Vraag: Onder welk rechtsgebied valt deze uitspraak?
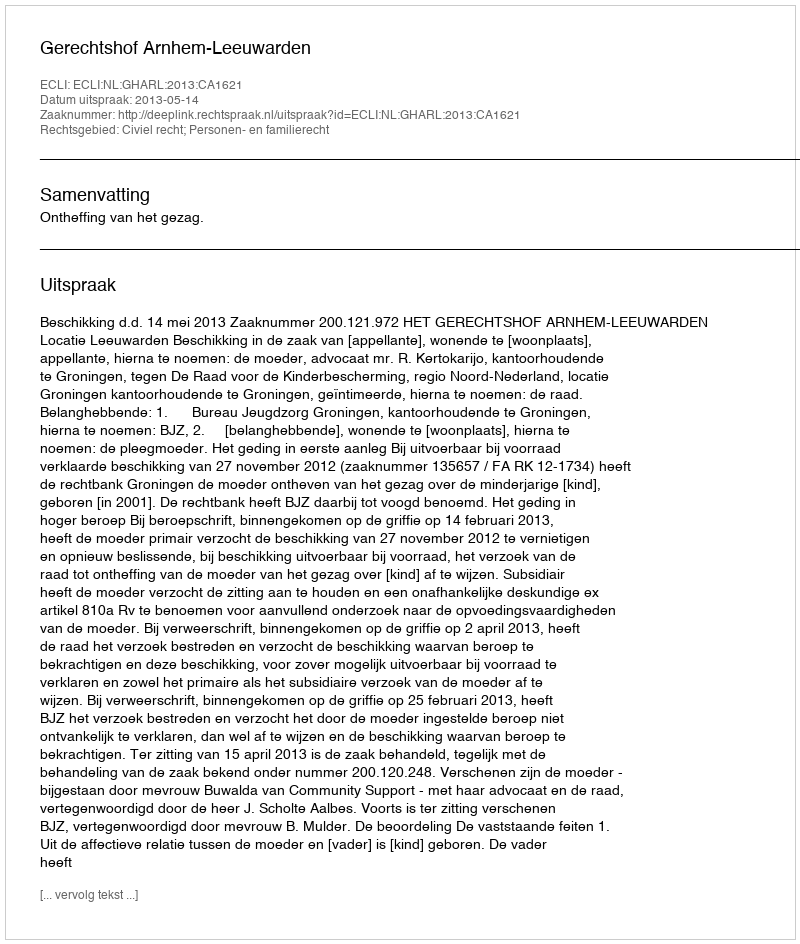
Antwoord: Civiel recht; Personen- en familierecht